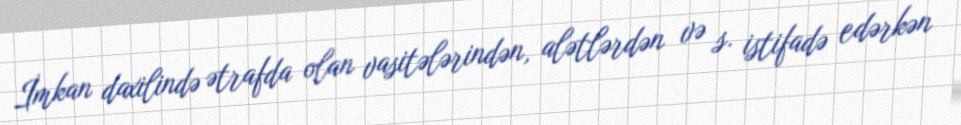
İmkan daxilində ətrafda olan vasitələrindən, alətlərdən və s. istifadə edərkən